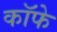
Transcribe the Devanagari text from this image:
कॉफे